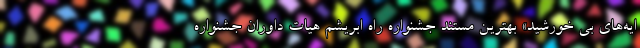
ایه‌های بی خورشید» بهترین مستند جشنواره راه ابریشم هیات داوران جشنواره